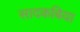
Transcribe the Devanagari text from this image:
सादकबिया